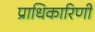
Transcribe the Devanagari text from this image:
प्राधिकारिणी